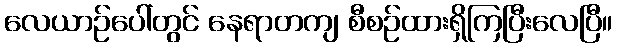
လေယာဉ်ပေါ်တွင် နေရာတကျ စီစဉ်ထားရှိကြပြီးလေပြီ။